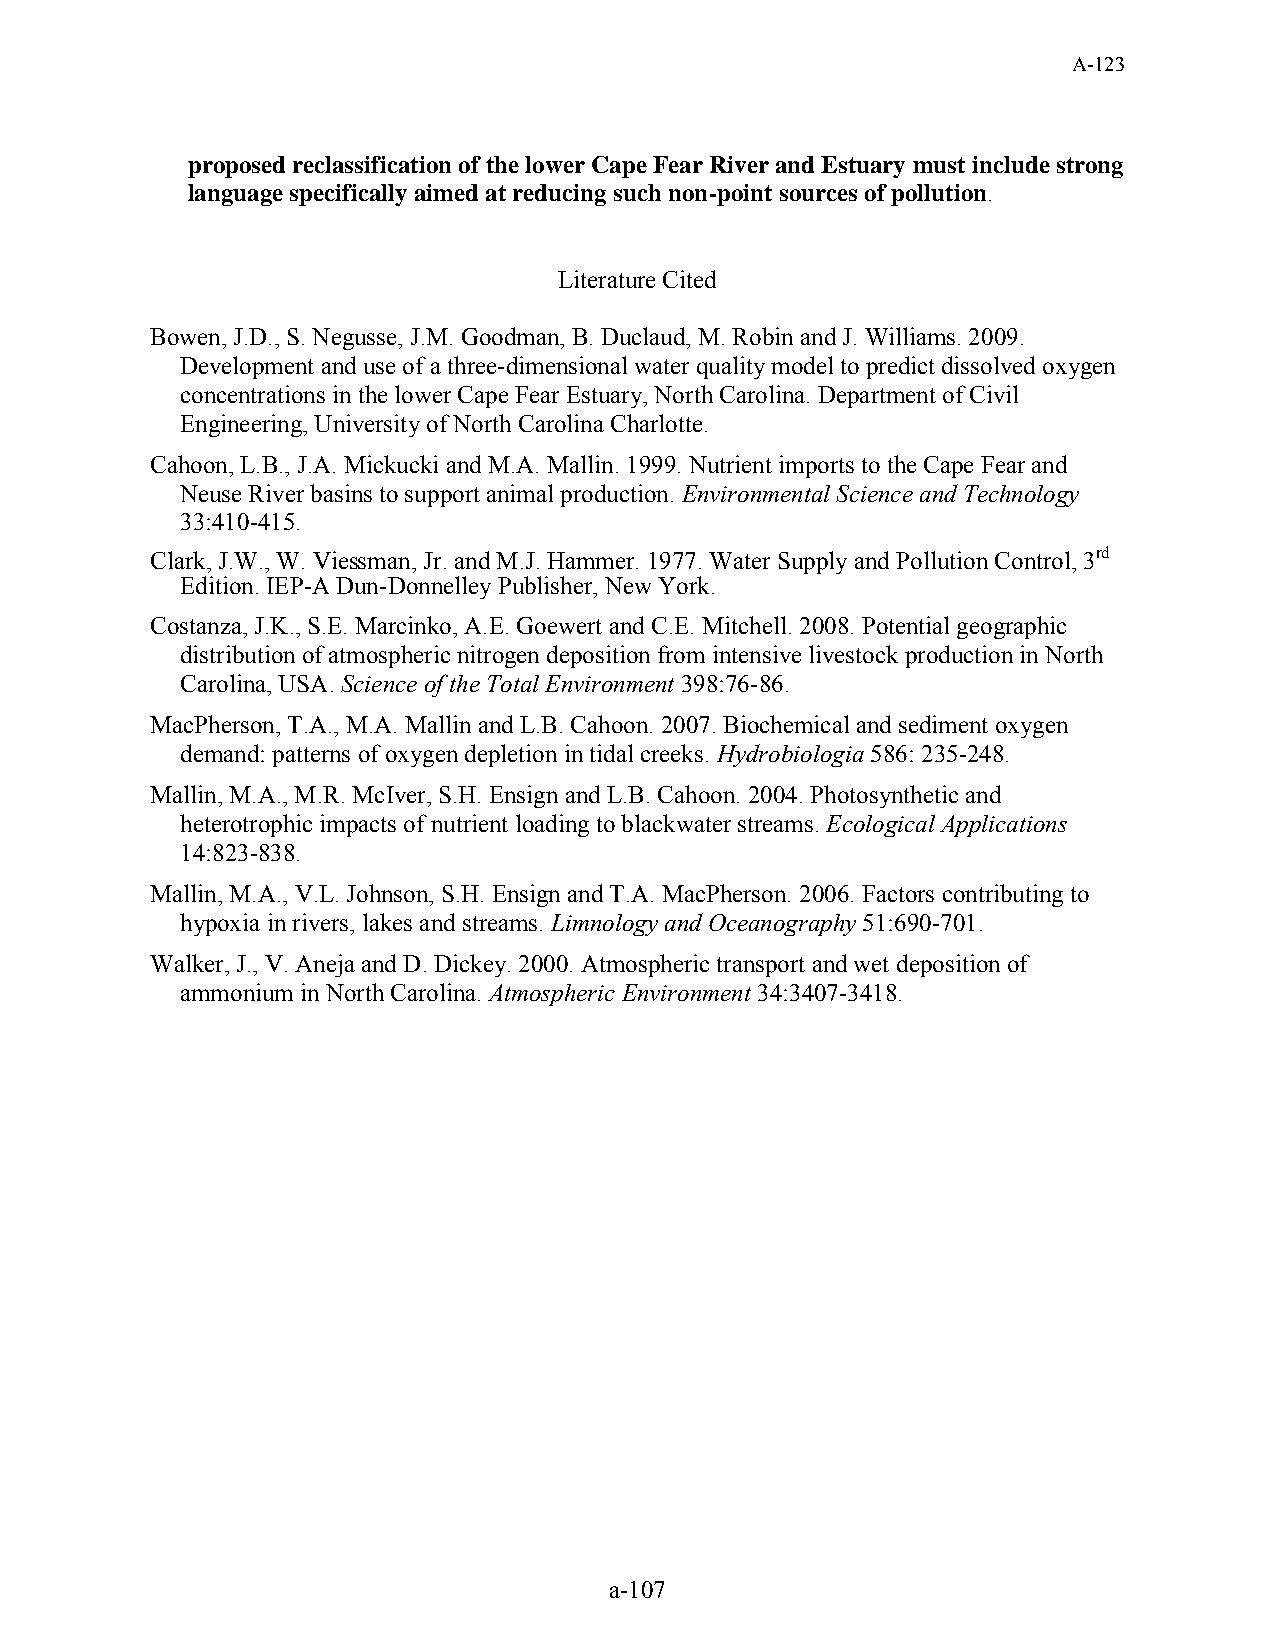
A-123
 proposed reclassification of the lower Cape Fear River and Estuary must include strong
 language specifically aimed at reducing such non-point sources of pollution.
 Literature Cited
 Bowen, J.D., S. Negusse, J.M. Goodman, B. Duclaud, M. Robin and J. Williams. 2009.
 Development and use of a three-dimensional water quality model to predict dissolved oxygen
 concentrations in the lower Cape Fear Estuary, North Carolina. Department of Civil
 Engineering, University of North Carolina Charlotte.
 Cahoon, L.B., J.A. Mickucki and M.A. Mallin. 1999. Nutrient imports to the Cape Fear and
 Neuse River basins to support animal production. Environmental Science and Technology
 33:410-415.
 Clark, J.W., W. Viessman, Jr. and M.J. Hammer. 1977. Water Supply and Pollution Control, 3rd
 Edition. IEP-A Dun-Donnelley Publisher, New York.
 Costanza, J.K., S.E. Marcinko, A.E. Goewert and C.E. Mitchell. 2008. Potential geographic
 distribution of atmospheric nitrogen deposition from intensive livestock production in North
 Carolina, USA. Science of the Total Environment 398:76-86.
 MacPherson, T.A., M.A. Mallin and L.B. Cahoon. 2007. Biochemical and sediment oxygen
 demand: patterns of oxygen depletion in tidal creeks. Hydrobiologia 586: 235-248.
 Mallin, M.A., M.R. McIver, S.H. Ensign and L.B. Cahoon. 2004. Photosynthetic and
 heterotrophic impacts of nutrient loading to blackwater streams. Ecological Applications
 14:823-838.
 Mallin, M.A., V.L. Johnson, S.H. Ensign and T.A. MacPherson. 2006. Factors contributing to
 hypoxia in rivers, lakes and streams. Limnology and Oceanography 51:690-701.
 Walker, J., V. Aneja and D. Dickey. 2000. Atmospheric transport and wet deposition of
 ammonium in North Carolina. Atmospheric Environment 34:3407-3418.
 a-107